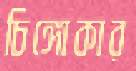
চিঙ্গোকার